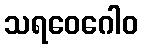
သရဝေဂေါဝ